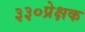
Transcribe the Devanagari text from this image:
३३०प्रेक्षक